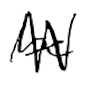
Text: be
Cross-out: zig-zag
Writing tool: digital_black